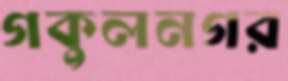
গকুলনগর